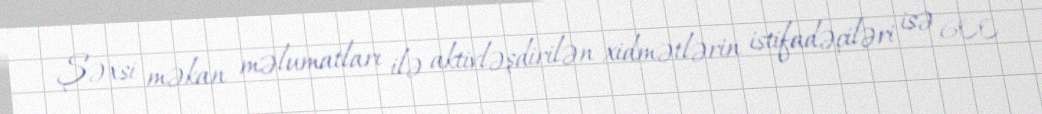
Şəxsi məkan məlumatları ilə aktivləşdirilən xidmətlərin istifadəçiləri isə 600